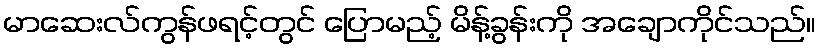
မာဆေးလ်ကွန်ဖရင့်တွင် ပြောမည့် မိန့်ခွန်းကို အချောကိုင်သည်။